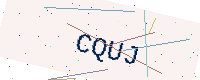
Text: CQUJ